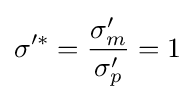
\sigma '^{*}={\frac {\sigma '_{m}}{\sigma '_{p}}}=1